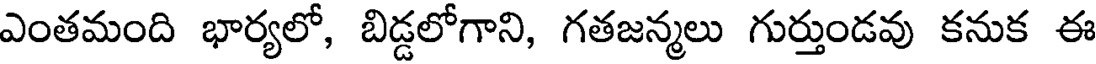
ఎంతమంది భార్యలో, బిడ్డలోగాని, గతజన్మలు గుర్తుండవు కనుక ఈ